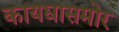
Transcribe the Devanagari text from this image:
कायद्यासमोर